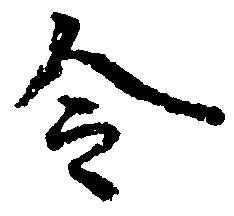
令